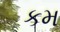
કમ